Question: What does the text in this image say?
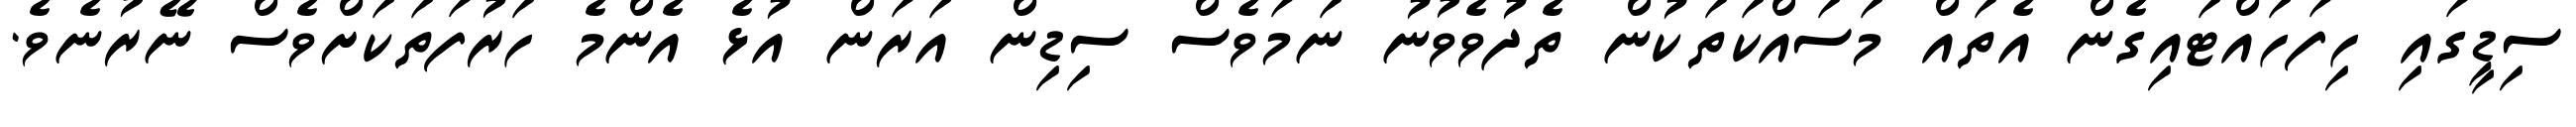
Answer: ސިޑީގައި ހިފަހައްޓައިގެން އެތައް މަސައްކަތަކުން ތެދުވެވުނު ނަމަވެސް ސިޑިން އަރަން އުޅެ އެންމެ ހަރުފަތަކަށްވެސް ނޭރުނެވެ.